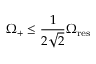
\Omega _ { + } \leq \frac { 1 } { 2 \sqrt { 2 } } \Omega _ { \mathrm { r e s } }